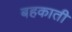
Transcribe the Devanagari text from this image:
बहकाती